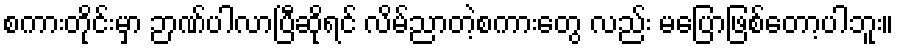
စကားတိုင်းမှာ ဉာဏ်ပါလာပြီဆိုရင် လိမ်ညာတဲ့စကားတွေ လည်း မပြောဖြစ်တော့ပါဘူး။